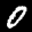
Label: 0